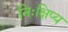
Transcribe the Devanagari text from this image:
निःक्षिप्य